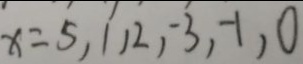
x = 5 , 1 , 2 , - 3 , - 1 , 0